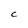
Character: C